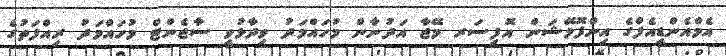
އެމްއެންޑީއެފްގެ އިންފޮމޭޝަން އޮފިސަރ މޭޖާ އަދުނާން މުހައްމަދު ވިދާޅުވީ ސާޖެންޓް މުހައްމަދު ރިއްފަތުގެ